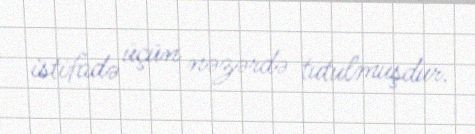
istifadə üçün nəzərdə tutulmuşdur.